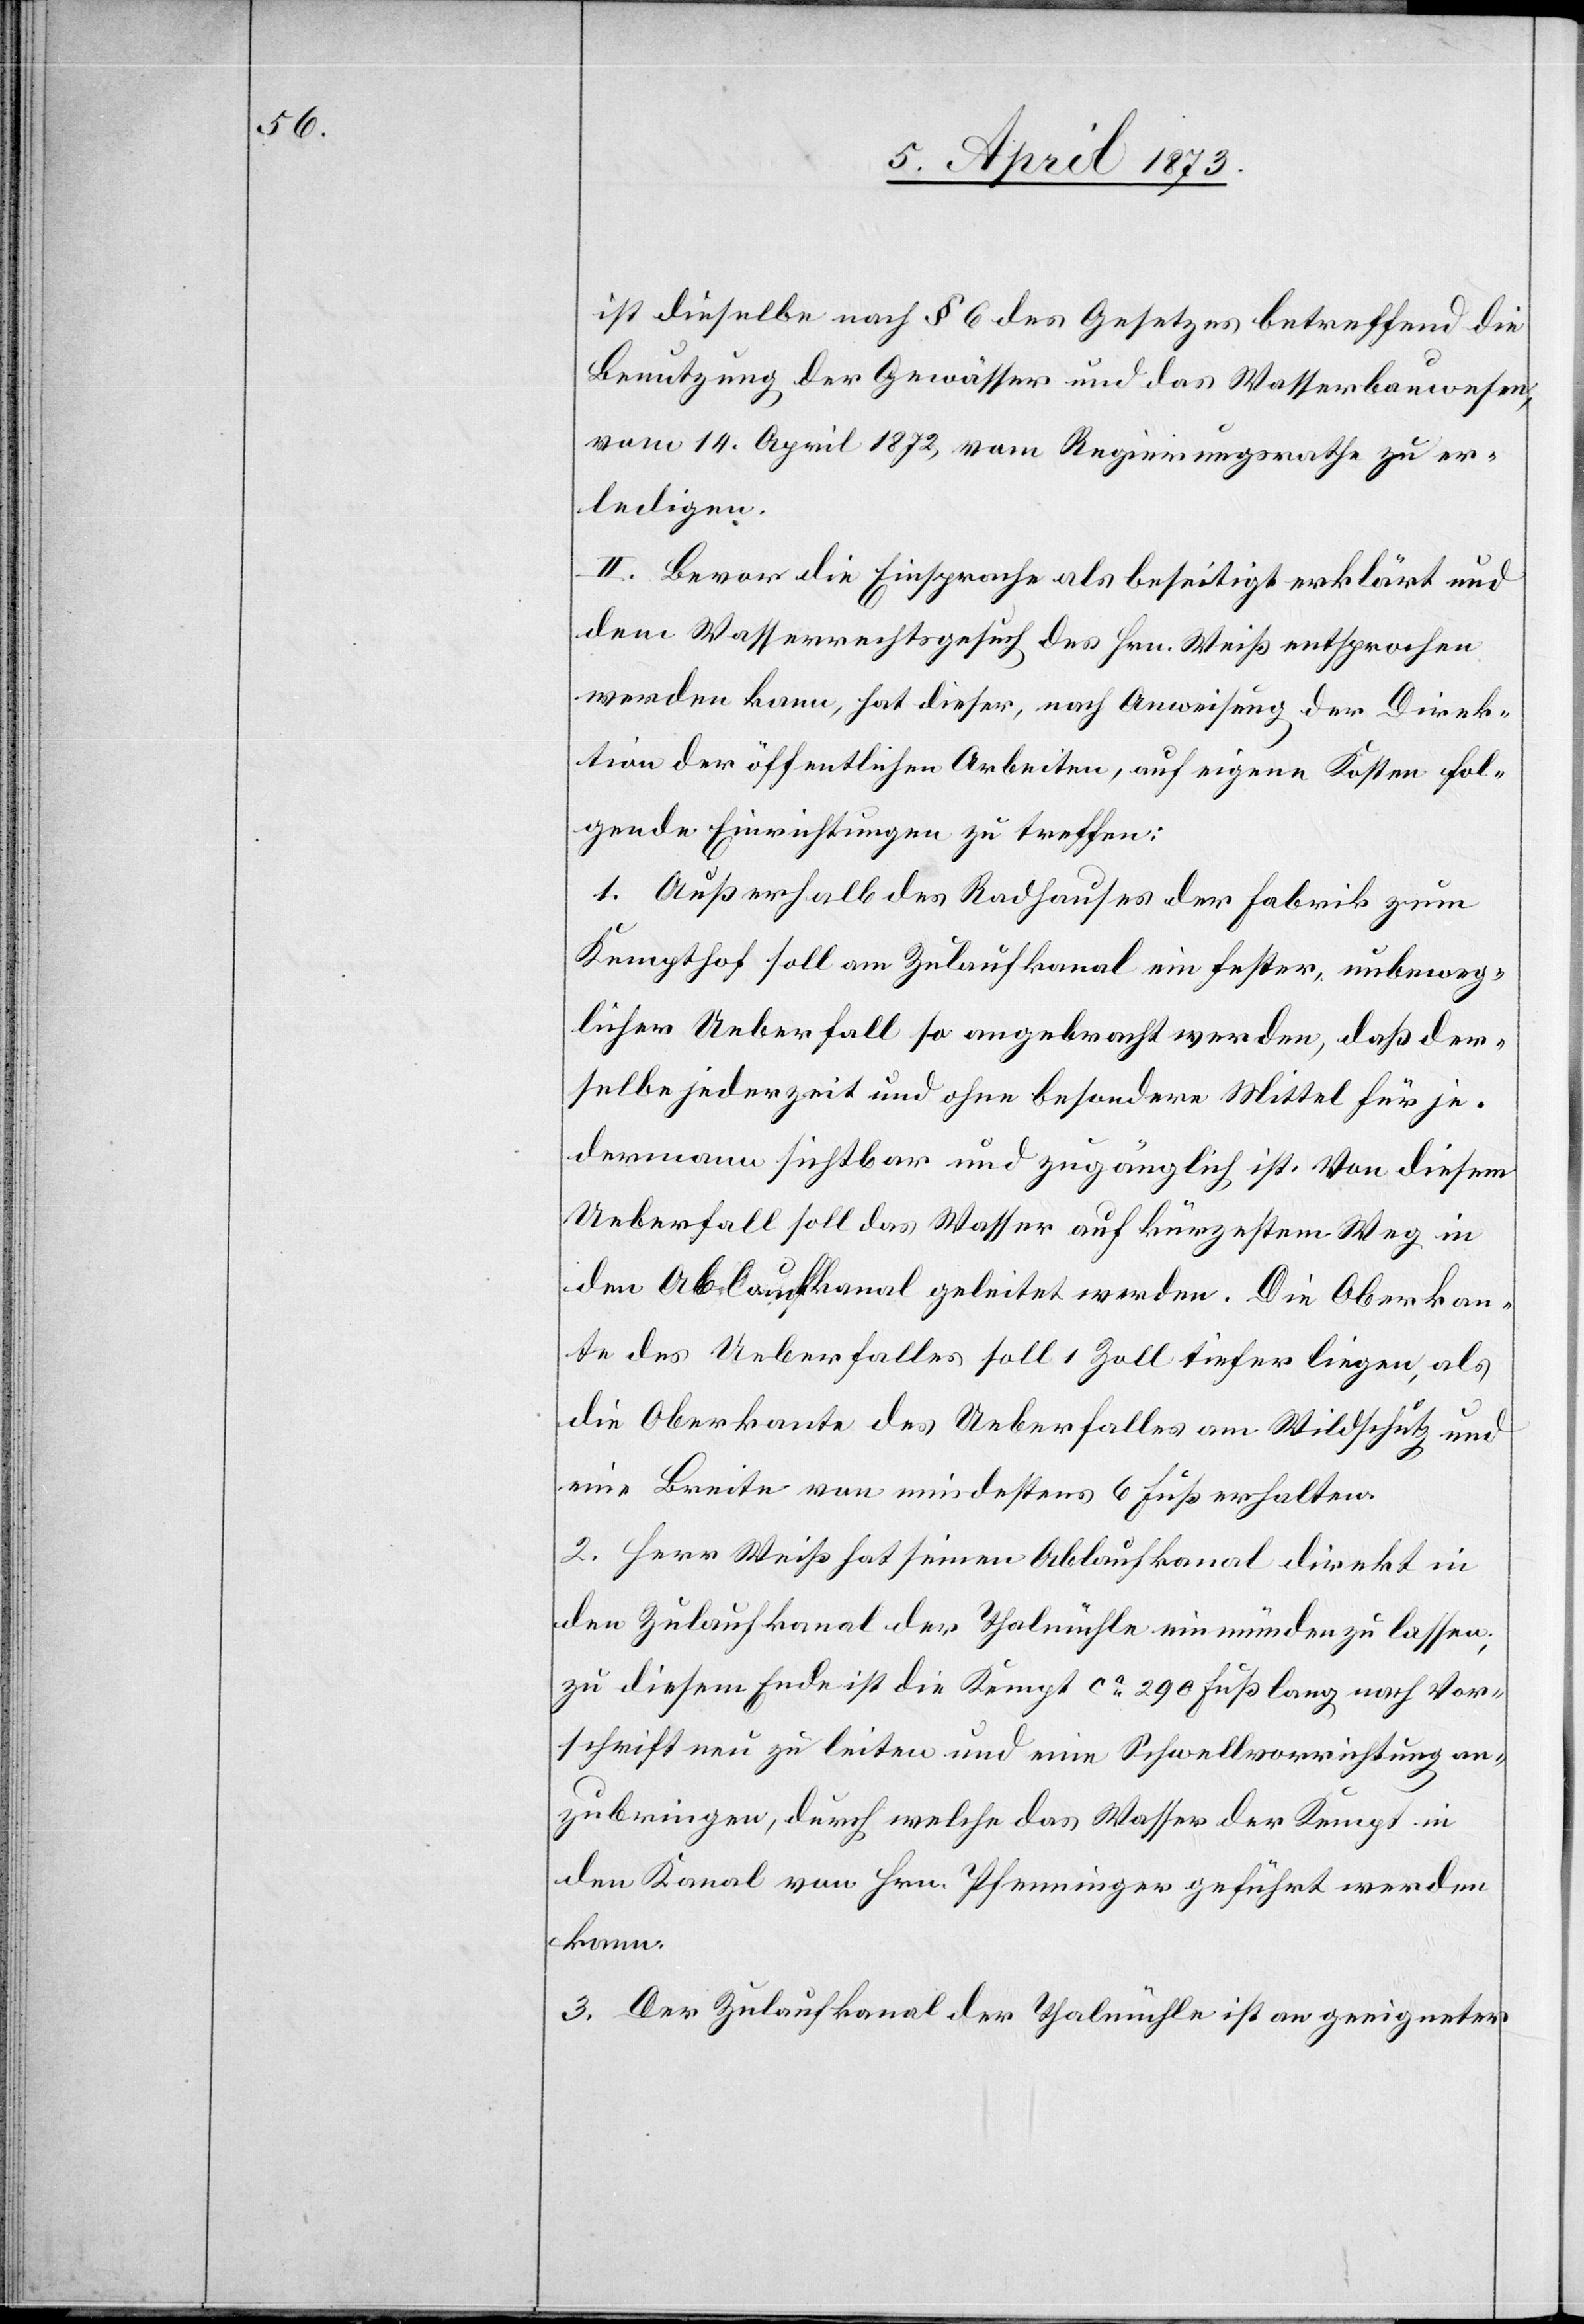
ist dieselbe nach § 6 des Gesetzes betreffend die
Benutzung der Gewässer und das Wasserbauwesen,
vom 14. April 1872, vom Regierungsrathe zu er¬
ledigen.
II. Bevor die Einsprache als beseitigt erklärt und
dem Wasserrechtsgesuch des Hrn. Weiß entsprochen
werden kann, hat dieser, nach Anweisung der Direk¬
tion der öffentlichen Arbeiten, auf eigene Kosten fol¬
gende Einrichtungen zu treffen:
1. Außerhalb des Radhauses der Fabrik zum
Kempthof soll am Zulaufkanal ein fester, unbeweg¬
licher Ueberfall so angebracht werden, daß der¬
selbe jederzeit und ohne besondere Mittel für je¬
dermann sichtbar und zugänglich ist. Von diesem
Ueberfall soll das Wasser auf kürzestem Weg in
den Ablaufkanal geleitet werden Die Oberkan¬
te des Ueberfalles soll 1 Zoll tiefer liegen, als
die Oberkante des Ueberfalles am Wildschutz und
eine Breite von mindestens 6 Fuß erhalten.
2. Herr Weiß hat seinen Ablaufkanal direkt in
den Zulaufkanal der Thalmühle einmünden zu lassen;
zu diesem Ende ist die Kempt ca 290 Fuß lang nach Vor¬
schrift neu zu leiten und eine Schwellvorrichtung an¬
zubringen, durch welche das Wasser der Kempt in
den Kanal von Hrn. Pfenninger geführt werden
kann.
3. Der Zulaufkanal der Thalmühle ist an geeigneter